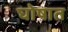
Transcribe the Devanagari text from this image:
घोषात